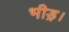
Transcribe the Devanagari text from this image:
भीड़़।